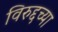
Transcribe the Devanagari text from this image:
विरुद्दच्या